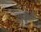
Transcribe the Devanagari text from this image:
राज़ेस